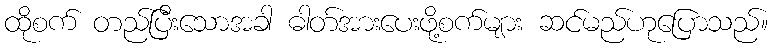
ထိုစက် တည်ပြီးသောအခါ ဓါတ်အားပေးဖို့စက်များ ဆင်မည်ဟုပြောသည်။